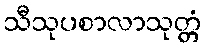
သီသုပစာလာသုတ္တံ